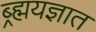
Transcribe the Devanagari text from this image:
ब्र्ह्मयज्ञात